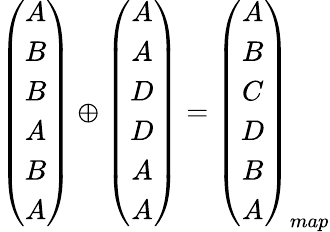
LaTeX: \begin{array}{r}{\left(\begin{array}{c}{A}\\ {B}\\ {B}\\ {A}\\ {B}\\ {A}\end{array}\right)\oplus\left(\begin{array}{c}{A}\\ {A}\\ {D}\\ {D}\\ {A}\\ {A}\end{array}\right)=\left(\begin{array}{c}{A}\\ {B}\\ {C}\\ {D}\\ {B}\\ {A}\end{array}\right)_{map}}\end{array}